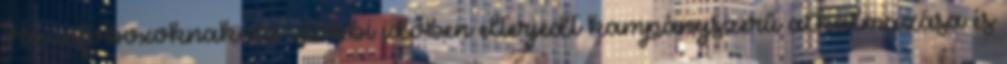
Az infoboxoknak az utóbbi időben elterjedt kampányszerű alkalmazása és